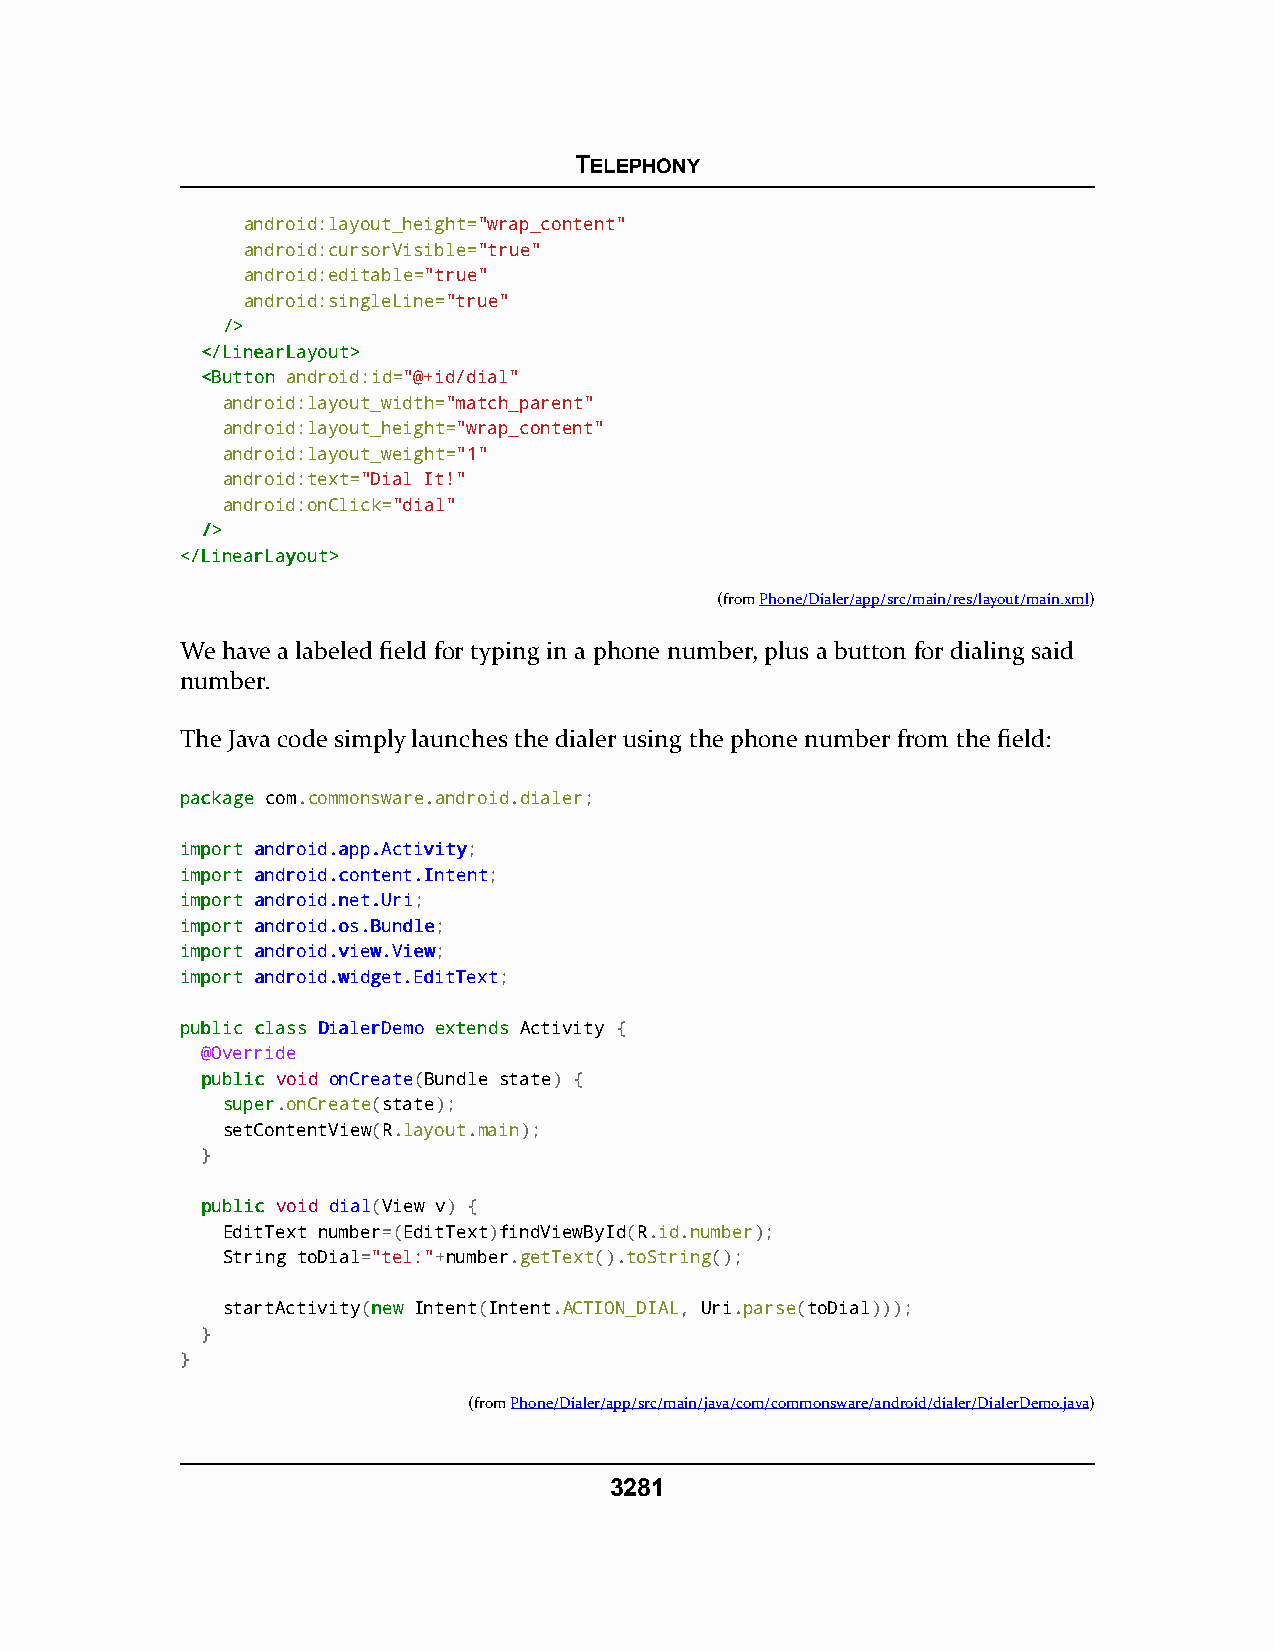
TELEPHONY
 android:layout_height="wrap_content"
 android:cursorVisible="true"
 android:editable="true"
 android:singleLine="true"
 //>>
 <<//LLiinneeaarrLLaayyoouutt>>
 <<BBuuttttoonn android:id="@+id/dial"
 android:layout_width="match_parent"
 android:layout_height="wrap_content"
 android:layout_weight="1"
 android:text="Dial It!"
 android:onClick="dial"
 //>>
 <<//LLiinneeaarrLLaayyoouutt>>
 (fromPhone/Dialer/app/src/main/res/layout/main.xml)
 We have a labeled field for typing in a phone number, plus a button for dialing said
 number.
 The Java code simply launches the dialer using the phone number from the field:
 ppaacckkaaggee com.commonsware.android.dialer;
 iimmppoorrtt aannddrrooiidd..aapppp..AAccttiivviittyy;
 iimmppoorrtt aannddrrooiidd..ccoonntteenntt..IInntteenntt;
 iimmppoorrtt aannddrrooiidd..nneett..UUrrii;
 iimmppoorrtt aannddrrooiidd..ooss..BBuunnddllee;
 iimmppoorrtt aannddrrooiidd..vviieeww..VViieeww;
 iimmppoorrtt aannddrrooiidd..wwiiddggeett..EEddiittTTeexxtt;
 ppuubblliicc ccllaassss DDiiaalleerrDDeemmoo eexxtteennddss Activity {
 @Override
 ppuubblliicc void onCreate(Bundle state) {
 ssuuppeerr.onCreate(state);
 setContentView(R.layout.main);
 }
 ppuubblliicc void dial(View v) {
 EditText number=(EditText)findViewById(R.id.number);
 String toDial="tel:"+number.getText().toString();
 startActivity(nneeww Intent(Intent.ACTION_DIAL, Uri.parse(toDial)));
 }
 }
 (fromPhone/Dialer/app/src/main/java/com/commonsware/android/dialer/DialerDemo.java)
 3281